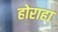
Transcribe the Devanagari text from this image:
होराहा